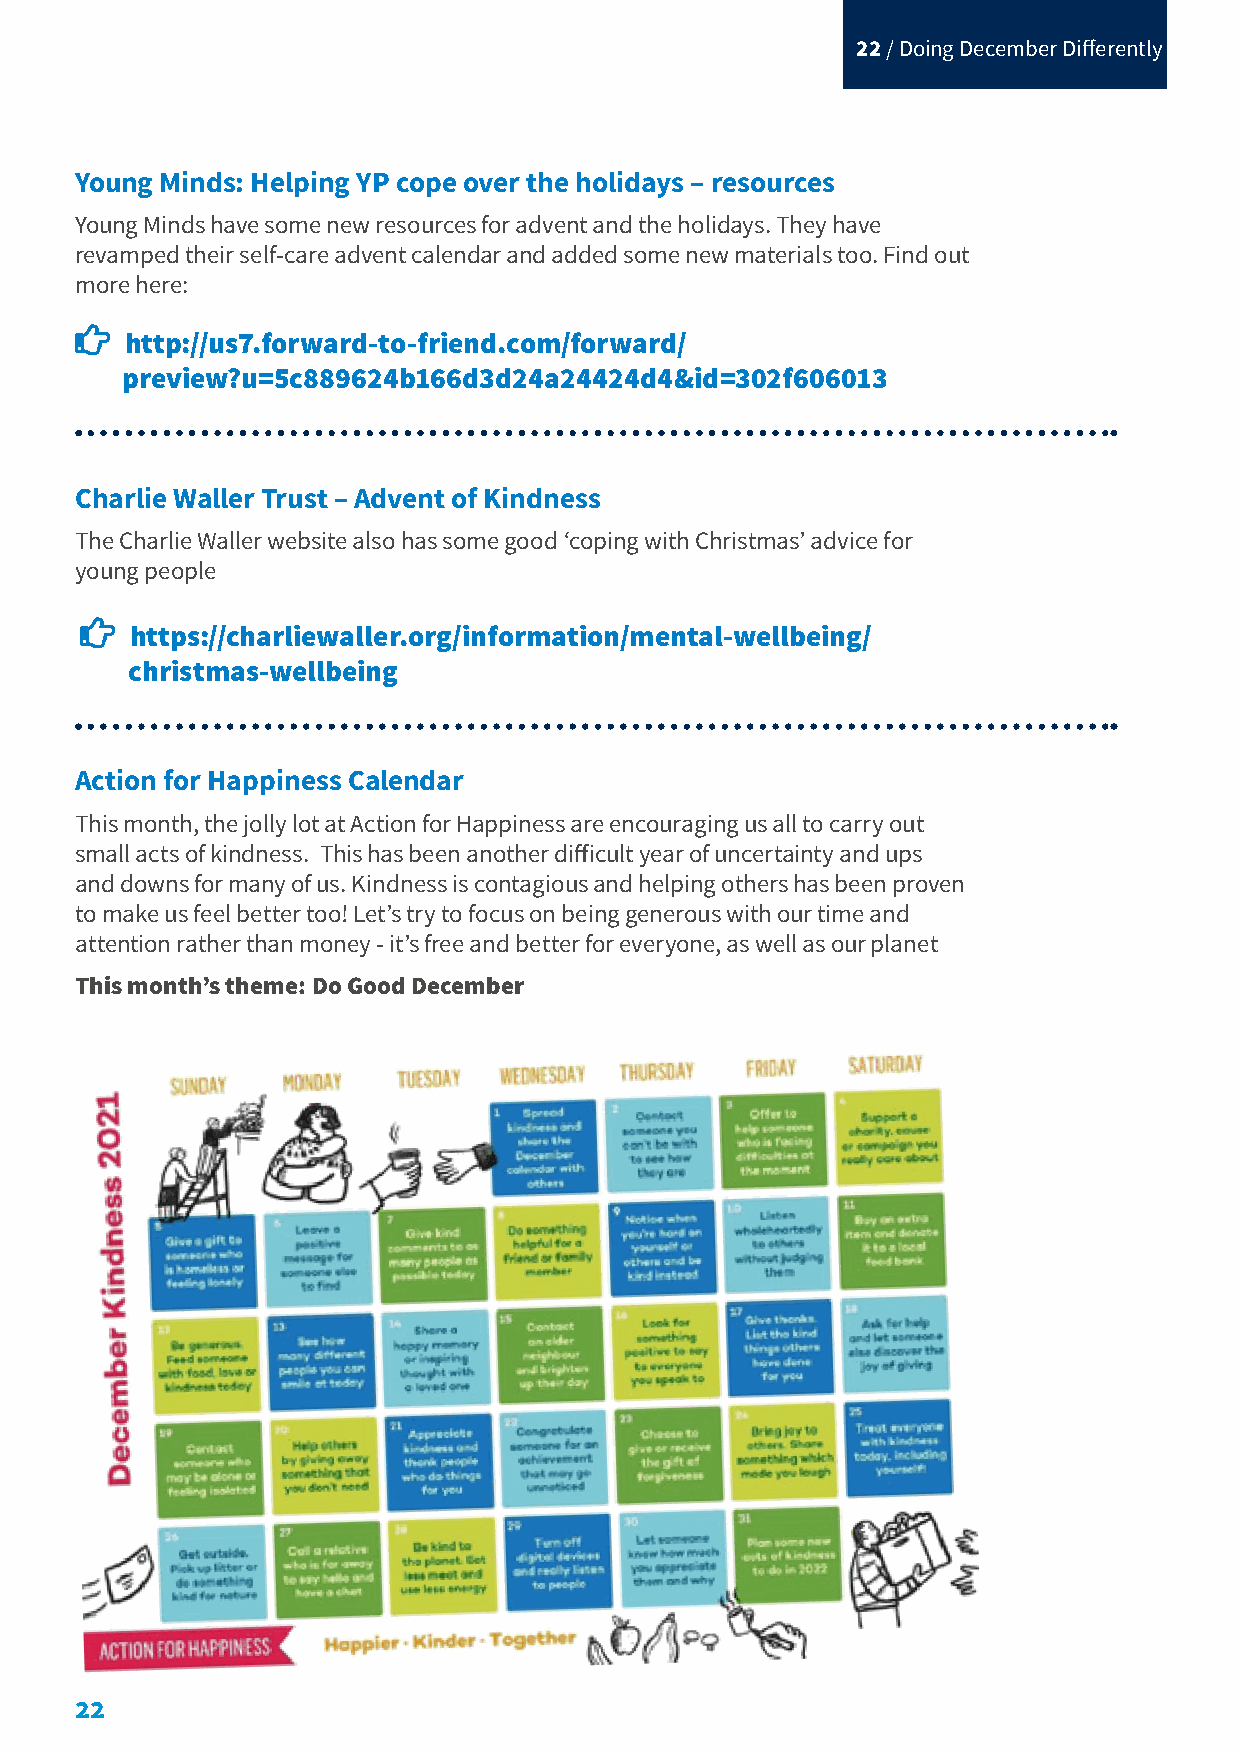
22 / Doing December Differently
 Young Minds: Helping YP cope over the holidays – resources
 Young Minds have some new resources for advent and the holidays. They have
 revamped their self-care advent calendar and added some new materials too. Find out
 more here:
 
 http://us7.forward-to-friend.com/forward/
 preview?u=5c889624b166d3d24a24424d4&id=302f606013
 Charlie Waller Trust – Advent of Kindness
 The Charlie Waller website also has some good ‘coping with Christmas’ advice for
 young people
 
 https://charliewaller.org/information/mental-wellbeing/
 christmas-wellbeing
 Action for Happiness Calendar
 This month, the jolly lot at Action for Happiness are encouraging us all to carry out
 small acts of kindness. This has been another difficult year of uncertainty and ups
 and downs for many of us. Kindness is contagious and helping others has been proven
 to make us feel better too! Let’s try to focus on being generous with our time and
 attention rather than money - it’s free and better for everyone, as well as our planet
 This month’s theme: Do Good December
 22